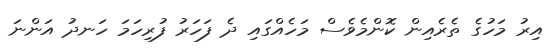
އިރު މަހުގެ ތެރެއިން ކޮންމެވެސް މަހެއްގައި ދެ ފަހަރު ފުރިހަމަ ހަނދު އަންނަ